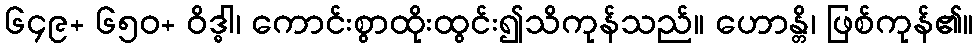
၆၄၉+ ၆၅၀+ ဝိဒ္ဓါ၊ ကောင်းစွာထိုးထွင်း၍သိကုန်သည်။ ဟောန္တိ၊ ဖြစ်ကုန်၏။